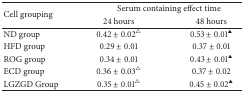
| <ROWSPAN=2> Cell grouping | <COLSPAN=2> Serum containing effect time |
 | 24 hours | 48 hours |
 | --- | --- | --- |
 | ND group | 0.42 ± 0.02△ | 0.53 ± 0.01▲ |
 | HFD group | 0.29 ± 0.01 | 0.37 ± 0.01 |
 | ROG group | 0.34 ± 0.01 | 0.43 ± 0.01▲ |
 | ECD group | 0.36 ± 0.03△ | 0.37 ± 0.02 |
 | LGZGD Group | 0.35 ± 0.01△ | 0.45 ± 0.02▲ |